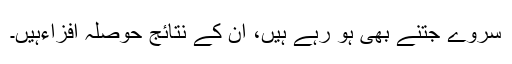
سروے جتنے بھی ہو رہے ہیں، ان کے نتائج حوصلہ افزاءہیں۔